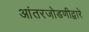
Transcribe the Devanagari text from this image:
आंतरजोडणीद्वारे